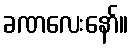
ခဏလေးနော်။